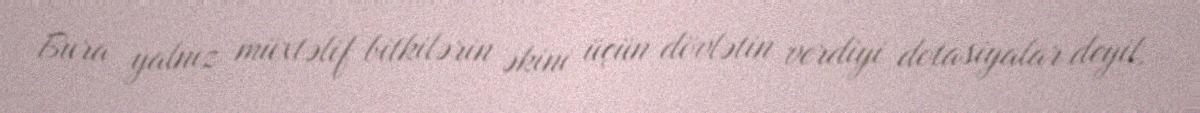
Bura yalnız müxtəlif bitkilərin əkini üçün dövlətin verdiyi dotasiyalar deyil,